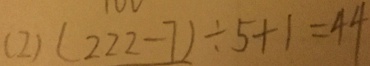
( 2 ) ( 2 2 2 - 7 ) \div 5 + 1 = 4 4